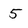
Character: 5